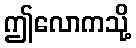
ဤလောကသို့